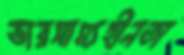
ভারসাম্যহীনতা